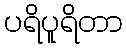
ပရိပူရိတာ